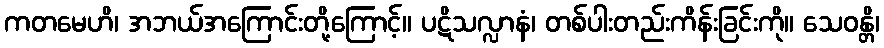
ကတမေဟိ၊ အဘယ်အကြောင်းတို့ကြောင့်။ ပဋိသလ္လာနံ၊ တစ်ပါးတည်းကိန်းခြင်းကို။ သေဝန္တိ၊